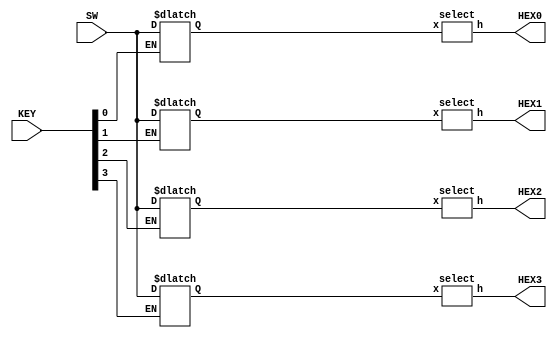
module braile (
	input [5:0] SW,
	input [3:0] KEY,
	output [6:0] HEX0,
	output [6:0] HEX1,
	output [6:0] HEX2,
	output [6:0] HEX3
);
	reg [5:0] TEMP1;
	reg [5:0] TEMP2;
	reg [5:0] TEMP3;
	reg [5:0] TEMP4;

select S1(TEMP1[5:0], HEX0);
select S2(TEMP2[5:0], HEX1);
select S3(TEMP3[5:0], HEX2);
select S4(TEMP4[5:0], HEX3);

always@ (KEY)
begin
		
	if(KEY[0] == 0)
	begin
		TEMP1[5:0] <= SW[5:0];
		
	end
	
	if(KEY[1] == 0)
	begin
		TEMP2[5:0] <= SW[5:0];
	end
	
	if(KEY[2] == 0)
	begin
		TEMP3[5:0] <= SW[5:0];
	end

	if(KEY[3] == 0)
	begin
		TEMP4[5:0] <= SW[5:0];
	end
end		

	

endmodule

module select (
	input [5:0] x,
	output [6:0] h
);

//assign HEX0 = 7'hff;
assign h[0] = x == 3 || x == 25  || x == 19 || x == 10 || x == 5 || x == 7 || x == 23 || x == 37 || x == 39 || x == 58 || x == 45 || x == 61;

assign h[1] = x == 3 || x == 9 || x == 11  || x == 27 || x == 19 || x == 10 || x == 7 || x == 23 || x == 14 || x == 30;

assign h[2] = x == 2 || x == 9 || x == 17  || x == 11 || x == 10 || x == 29 || x == 21 || x == 7 || x == 15 || x == 23 || x == 30 || x == 39 || x == 53;

assign h[3] = x == 1  || x == 11 || x == 19 || x == 10 || x == 5 || x == 29 || x == 21 || x == 15 || x == 31 || x == 23 || x == 30 || x == 39 || x == 45 || x == 61;

assign h[4] = x == 2 || x == 13 || x == 29 || x == 21 || x == 31 || x == 14 || x == 39 || x == 61;

assign h[5] = x == 2 || x == 25  || x == 26 || x == 13 || x == 29 || x == 53;

assign h[6] = x == 2 || x == 9 || x == 10  || x == 26 || x == 7 || x == 30 || x == 37 || x == 45;

endmodule